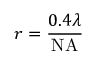
r = { \frac { 0 . 4 \lambda } { \mathrm { N A } } }